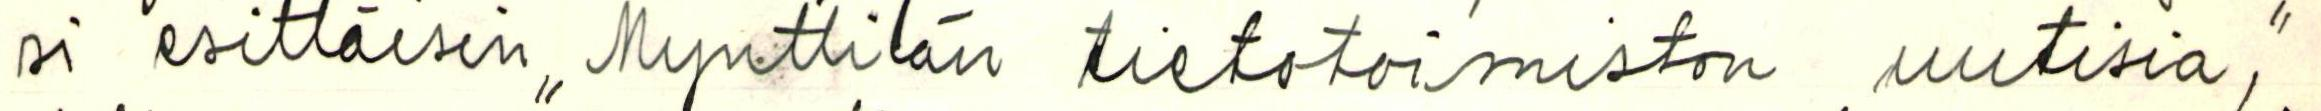
si esittäisin ,, Mynttilän tietotoimiston uutisia,"